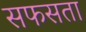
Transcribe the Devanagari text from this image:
सफसता